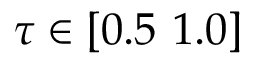
\tau \in [ 0 . 5 \ 1 . 0 ]